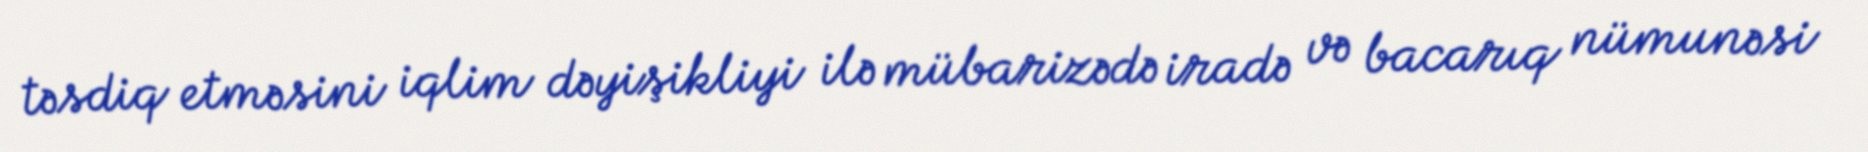
təsdiq etməsini iqlim dəyişikliyi ilə mübarizədə iradə və bacarıq nümunəsi